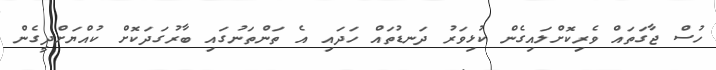
ހުސް ޖާގަތައް ވެރިކޮށްލައިގެން ކުޅިވަރު ދަނޑުތައް ހަދައި އެ ތަންތަނުގައި ބާރުގަދަކޮށް ކުއްޔަށްދީގެން